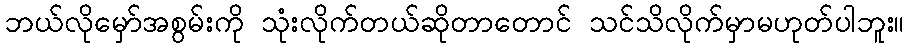
ဘယ်လိုမှော်အစွမ်းကို သုံးလိုက်တယ်ဆိုတာတောင် သင်သိလိုက်မှာမဟုတ်ပါဘူး။